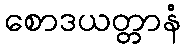
စောဒယတ္တာနံ